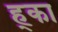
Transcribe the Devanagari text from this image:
ह्का